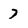
Character: 7